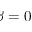
\beta = 0